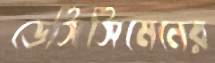
ডেসিসিমেনের